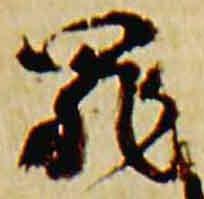
罪